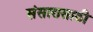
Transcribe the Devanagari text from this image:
संसारासाठी